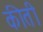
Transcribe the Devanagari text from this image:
कीती